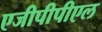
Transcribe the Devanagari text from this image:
एजीपीपीएल